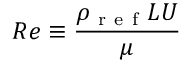
R e \equiv \frac { \rho _ { \mathrm { ~ r ~ e ~ f ~ } } L U } { \mu }